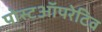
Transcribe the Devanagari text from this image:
पोस्टऑपरेटिव